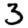
Digit: 3